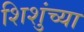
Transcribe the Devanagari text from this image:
शिशुंच्या